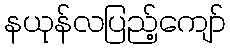
နယုန်လပြည့်ကျော်